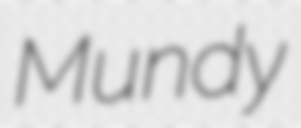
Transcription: Mundy